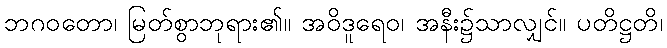
ဘဂဝတော၊ မြတ်စွာဘုရား၏။ အဝိဒူရေဝ၊ အနီး၌သာလျှင်။ ပတိဋ္ဌတိ၊